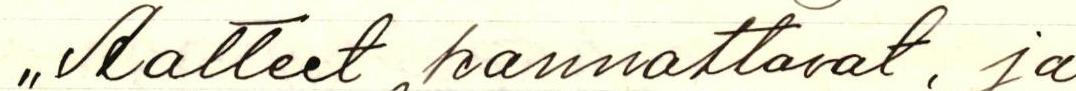
,,Aatteet kannattavat, ja